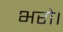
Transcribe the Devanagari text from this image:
भरो।